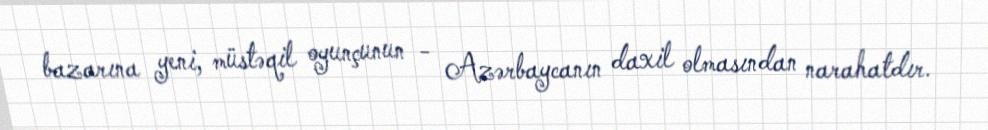
bazarına yeni, müstəqil oyunçunun - Azərbaycanın daxil olmasından narahatdır.